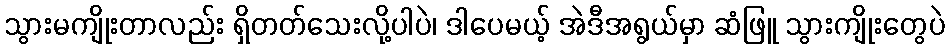
သွားမကျိုးတာလည်း ရှိတတ်သေးလို့ပါပဲ၊ ဒါပေမယ့် အဲဒီအရွယ်မှာ ဆံဖြူ သွားကျိုးတွေပဲ